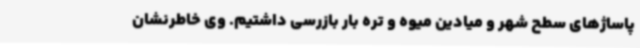
پاساژهای سطح شهر و میادین میوه و تره بار بازرسی داشتیم. وی خاطرنشان